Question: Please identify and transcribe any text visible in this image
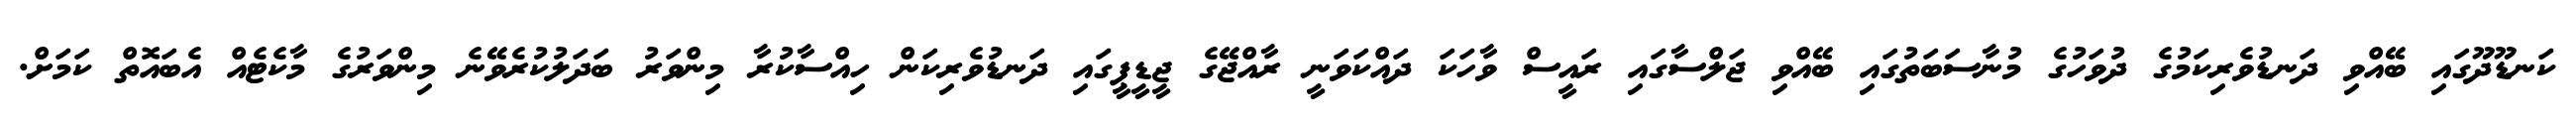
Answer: ކަނޑޫދޫގައި ބޭއްވި ދަނޑުވެރިކަމުގެ ދުވަހުގެ މުނާސަބަތުގައި ބޭއްވި ޖަލްސާގައި ރައީސް ވާހަކަ ދައްކަވަނީ ރާއްޖޭގެ ޖީޑީޕީގައި ދަނޑުވެރިކަން ހިއްސާކުރާ މިންވަރު ބަދަލުކުރެވޭނެ މިންވަރުގެ މާކެޓެއް އެބައޮތް ކަމަށް.